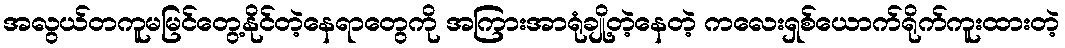
အလွယ်တကူမမြင်တွေ့နိုင်တဲ့နေရာတွေကို အကြားအာရုံချို့တဲ့နေတဲ့ ကလေးရှစ်ယောက်ရိုက်ကူးထားတဲ့